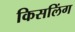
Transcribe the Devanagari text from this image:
किसलिंग